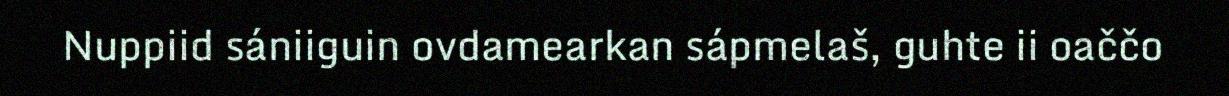
Nuppiid sániiguin ovdamearkan sápmelaš, guhte ii oaččo